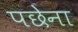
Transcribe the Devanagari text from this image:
पछेना